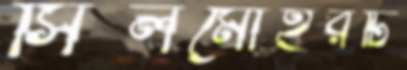
সিলমোহরটি